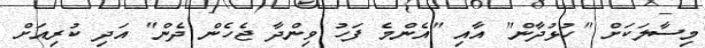
މިސާލަކަށް "ހުޅުދާން" އާއި "އެންމެ ފަހު ވިންދާ ޖެހެން ދެން" އަދި ކުރިއަށް